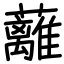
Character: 蘺